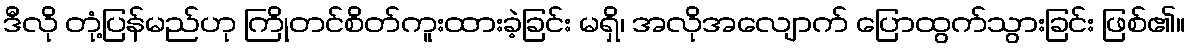
ဒီလို တုံ့ပြန်မည်ဟု ကြိုတင်စိတ်ကူးထားခဲ့ခြင်း မရှိ၊ အလိုအလျောက် ပြောထွက်သွားခြင်း ဖြစ်၏။